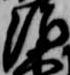
治